Problem: 8 × 8 = ?
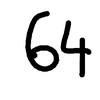
Handwritten answer: 64